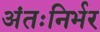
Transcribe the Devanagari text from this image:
अंतःनिर्भर